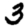
Digit: 3